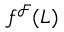
f ^ { \mathcal { F } } ( L )